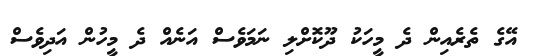
އޭގެ ތެރެއިން ދެ މީހަކު ދޫކޮށްލި ނަމަވެސް އަނެއް ދެ މީހުން އަދިވެސް